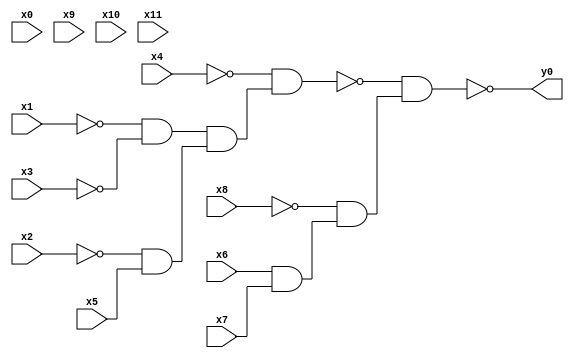
module top( x0 , x1 , x2 , x3 , x4 , x5 , x6 , x7 , x8 , x9 , x10 , x11 , y0 );
  input x0 , x1 , x2 , x3 , x4 , x5 , x6 , x7 , x8 , x9 , x10 , x11 ;
  output y0 ;
  wire n13 , n14 , n15 , n16 , n17 , n18 , n19 ;
  assign n13 = ~x1 & ~x3 ;
  assign n14 = ~x2 & x5 ;
  assign n15 = n13 & n14 ;
  assign n16 = ~x4 & n15 ;
  assign n17 = x6 & x7 ;
  assign n18 = ~x8 & n17 ;
  assign n19 = ~n16 & n18 ;
  assign y0 = ~n19 ;
endmodule